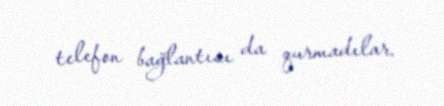
telefon bağlantısı da qurmadılar.